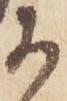
于